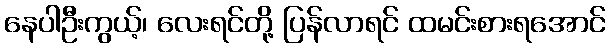
နေပါဦးကွယ့်၊ လေးရင်တို့ ပြန်လာရင် ထမင်းစားရအောင်